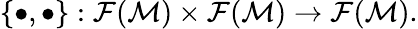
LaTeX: \{ \bullet,\bullet\} :\mathcal{F}(\mathcal{M})\times\mathcal{F}(\mathcal{M})\rightarrow\mathcal{F}(\mathcal{M}).